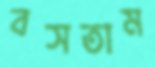
বসতাম